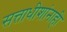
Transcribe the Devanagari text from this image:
सत्ताधीशांनाही